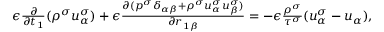
\begin{array} { r } { \begin{array} { r } { \epsilon \frac { \partial } { \partial t _ { 1 } } ( \rho ^ { \sigma } u _ { \alpha } ^ { \sigma } ) + \epsilon \frac { \partial ( p ^ { \sigma } \delta _ { \alpha \beta } + \rho ^ { \sigma } u _ { \alpha } ^ { \sigma } u _ { \beta } ^ { \sigma } ) } { \partial r _ { 1 \beta } } = - \epsilon \frac { \rho ^ { \sigma } } { \tau ^ { \sigma } } ( u _ { \alpha } ^ { \sigma } - u _ { \alpha } ) , } \end{array} } \end{array}